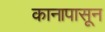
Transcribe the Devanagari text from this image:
कानापासून